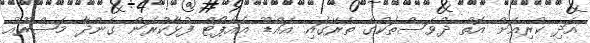
އަދި ކުރިއަށް އޮތް ދުވަސްތަކުގެ ތެރޭގައި އައްޑޫ އެއާޕޯޓް ފުޅާކުރަން ގެންދާ މަޝްރޫއު